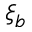
\xi _ { b }